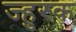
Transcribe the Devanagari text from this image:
ज्हुरक